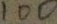
1 0 0